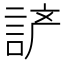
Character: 𰴵